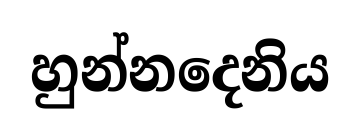
හුන්නදෙනිය